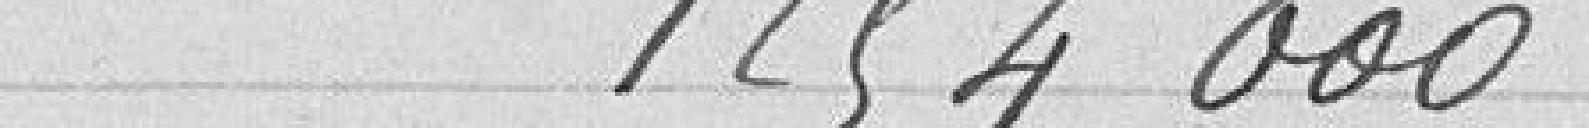
1254000